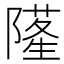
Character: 𨼜